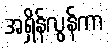
အရှိန်လွန်ကာ